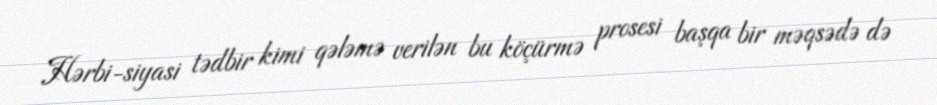
Hərbi-siyasi tədbir kimi qələmə verilən bu köçürmə prosesi başqa bir məqsədə də